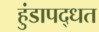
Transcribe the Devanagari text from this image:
हुंडापद्धत